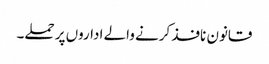
قانون نافذ کرنے والے اداروں پر حملے۔